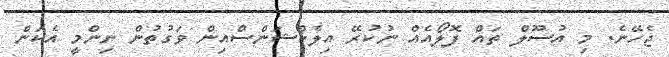
ޖެހޭނެ. މި އުސޫލް ތައް ފޮލޯއެއް ނުކުރޭ އިލެކްޝަންސްއިން ވަގުތުން ނިންމީ އެކަން